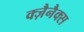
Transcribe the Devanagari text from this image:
क्ज़ैनैक्स